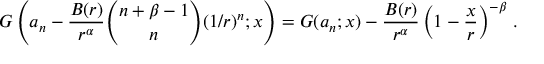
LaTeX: G \left( a _ { n } - { \frac { B ( r ) } { r ^ { \alpha } } } { \binom { n + \beta - 1 } { n } } ( 1 / r ) ^ { n } ; x \right) = G ( a _ { n } ; x ) - { \frac { B ( r ) } { r ^ { \alpha } } } \left( 1 - { \frac { x } { r } } \right) ^ { - \beta } \, .